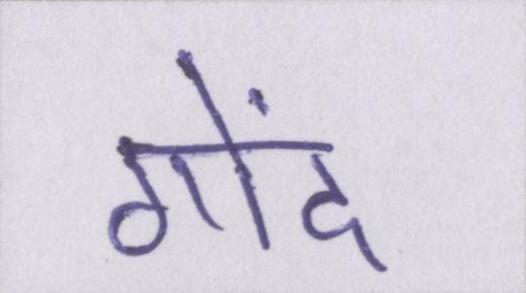
गोंद